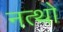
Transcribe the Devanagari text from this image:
नत्थो